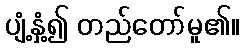
ပျံ့နှံ့၍ တည်တော်မူ၏။